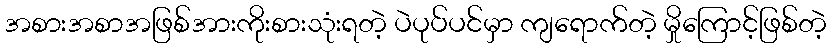
အစားအစာအဖြစ်အားကိုးစားသုံးရတဲ့ ပဲပုပ်ပင်မှာ ကျရောက်တဲ့ မှိုကြောင့်ဖြစ်တဲ့